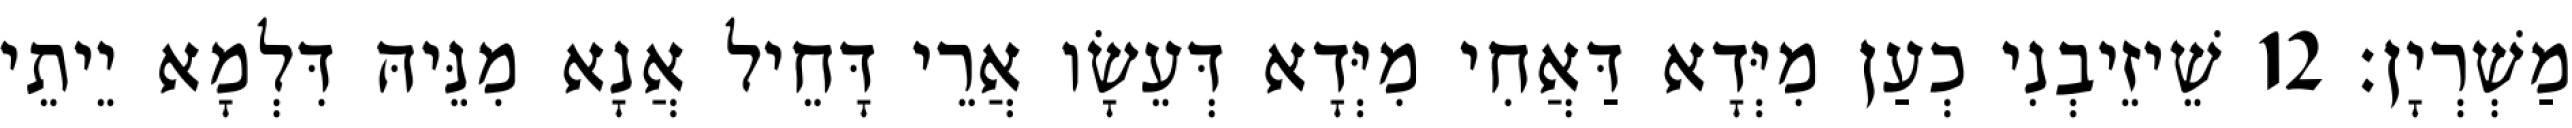
מַשְׁרְיָן׃ 12 שֵׁיזֵיבְנִי כְעַן מִיְּדָא דַּאֲחִי מִיְּדָא דְּעֵשָׂו אֲרֵי דָּחֵיל אֲנָא מִנֵּיהּ דִּלְמָא יֵיתֵי